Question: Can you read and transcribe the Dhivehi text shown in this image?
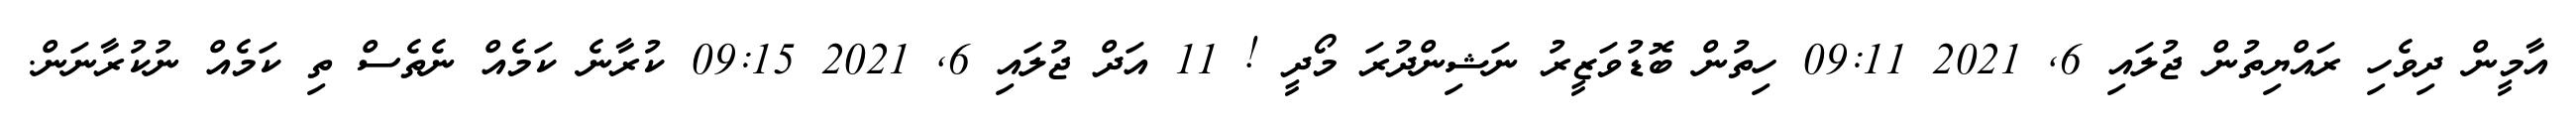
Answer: އާމީން ދިވެހި ރައްޔިތުން ޖުލައި 6, 2021 09:11 ހިތުން ބޮޑުވަޒީރު ނަޝިންދުރަ މޯދީ ! 11 އަދް ޖުލައި 6, 2021 09:15 ކުރާނެ ކަމެއް ނެތެސް ތި ކަމެއް ނުކުރާނަން.